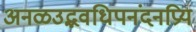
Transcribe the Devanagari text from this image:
अनळउद्भवधिपनंदनप्रिय